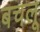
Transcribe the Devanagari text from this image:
बचलू